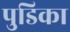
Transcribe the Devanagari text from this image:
पुडिका